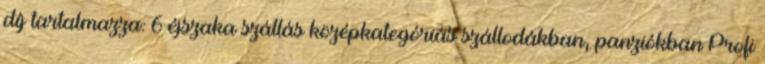
díj tartalmazza: 6 éjszaka szállás középkategóriás szállodákban, panziókban Profi